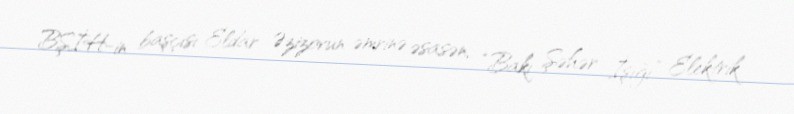
BŞİH-in başçısı Eldar Əzizovun əmrinə əsasən, “Bakı Şəhər İşığı” Elektrik